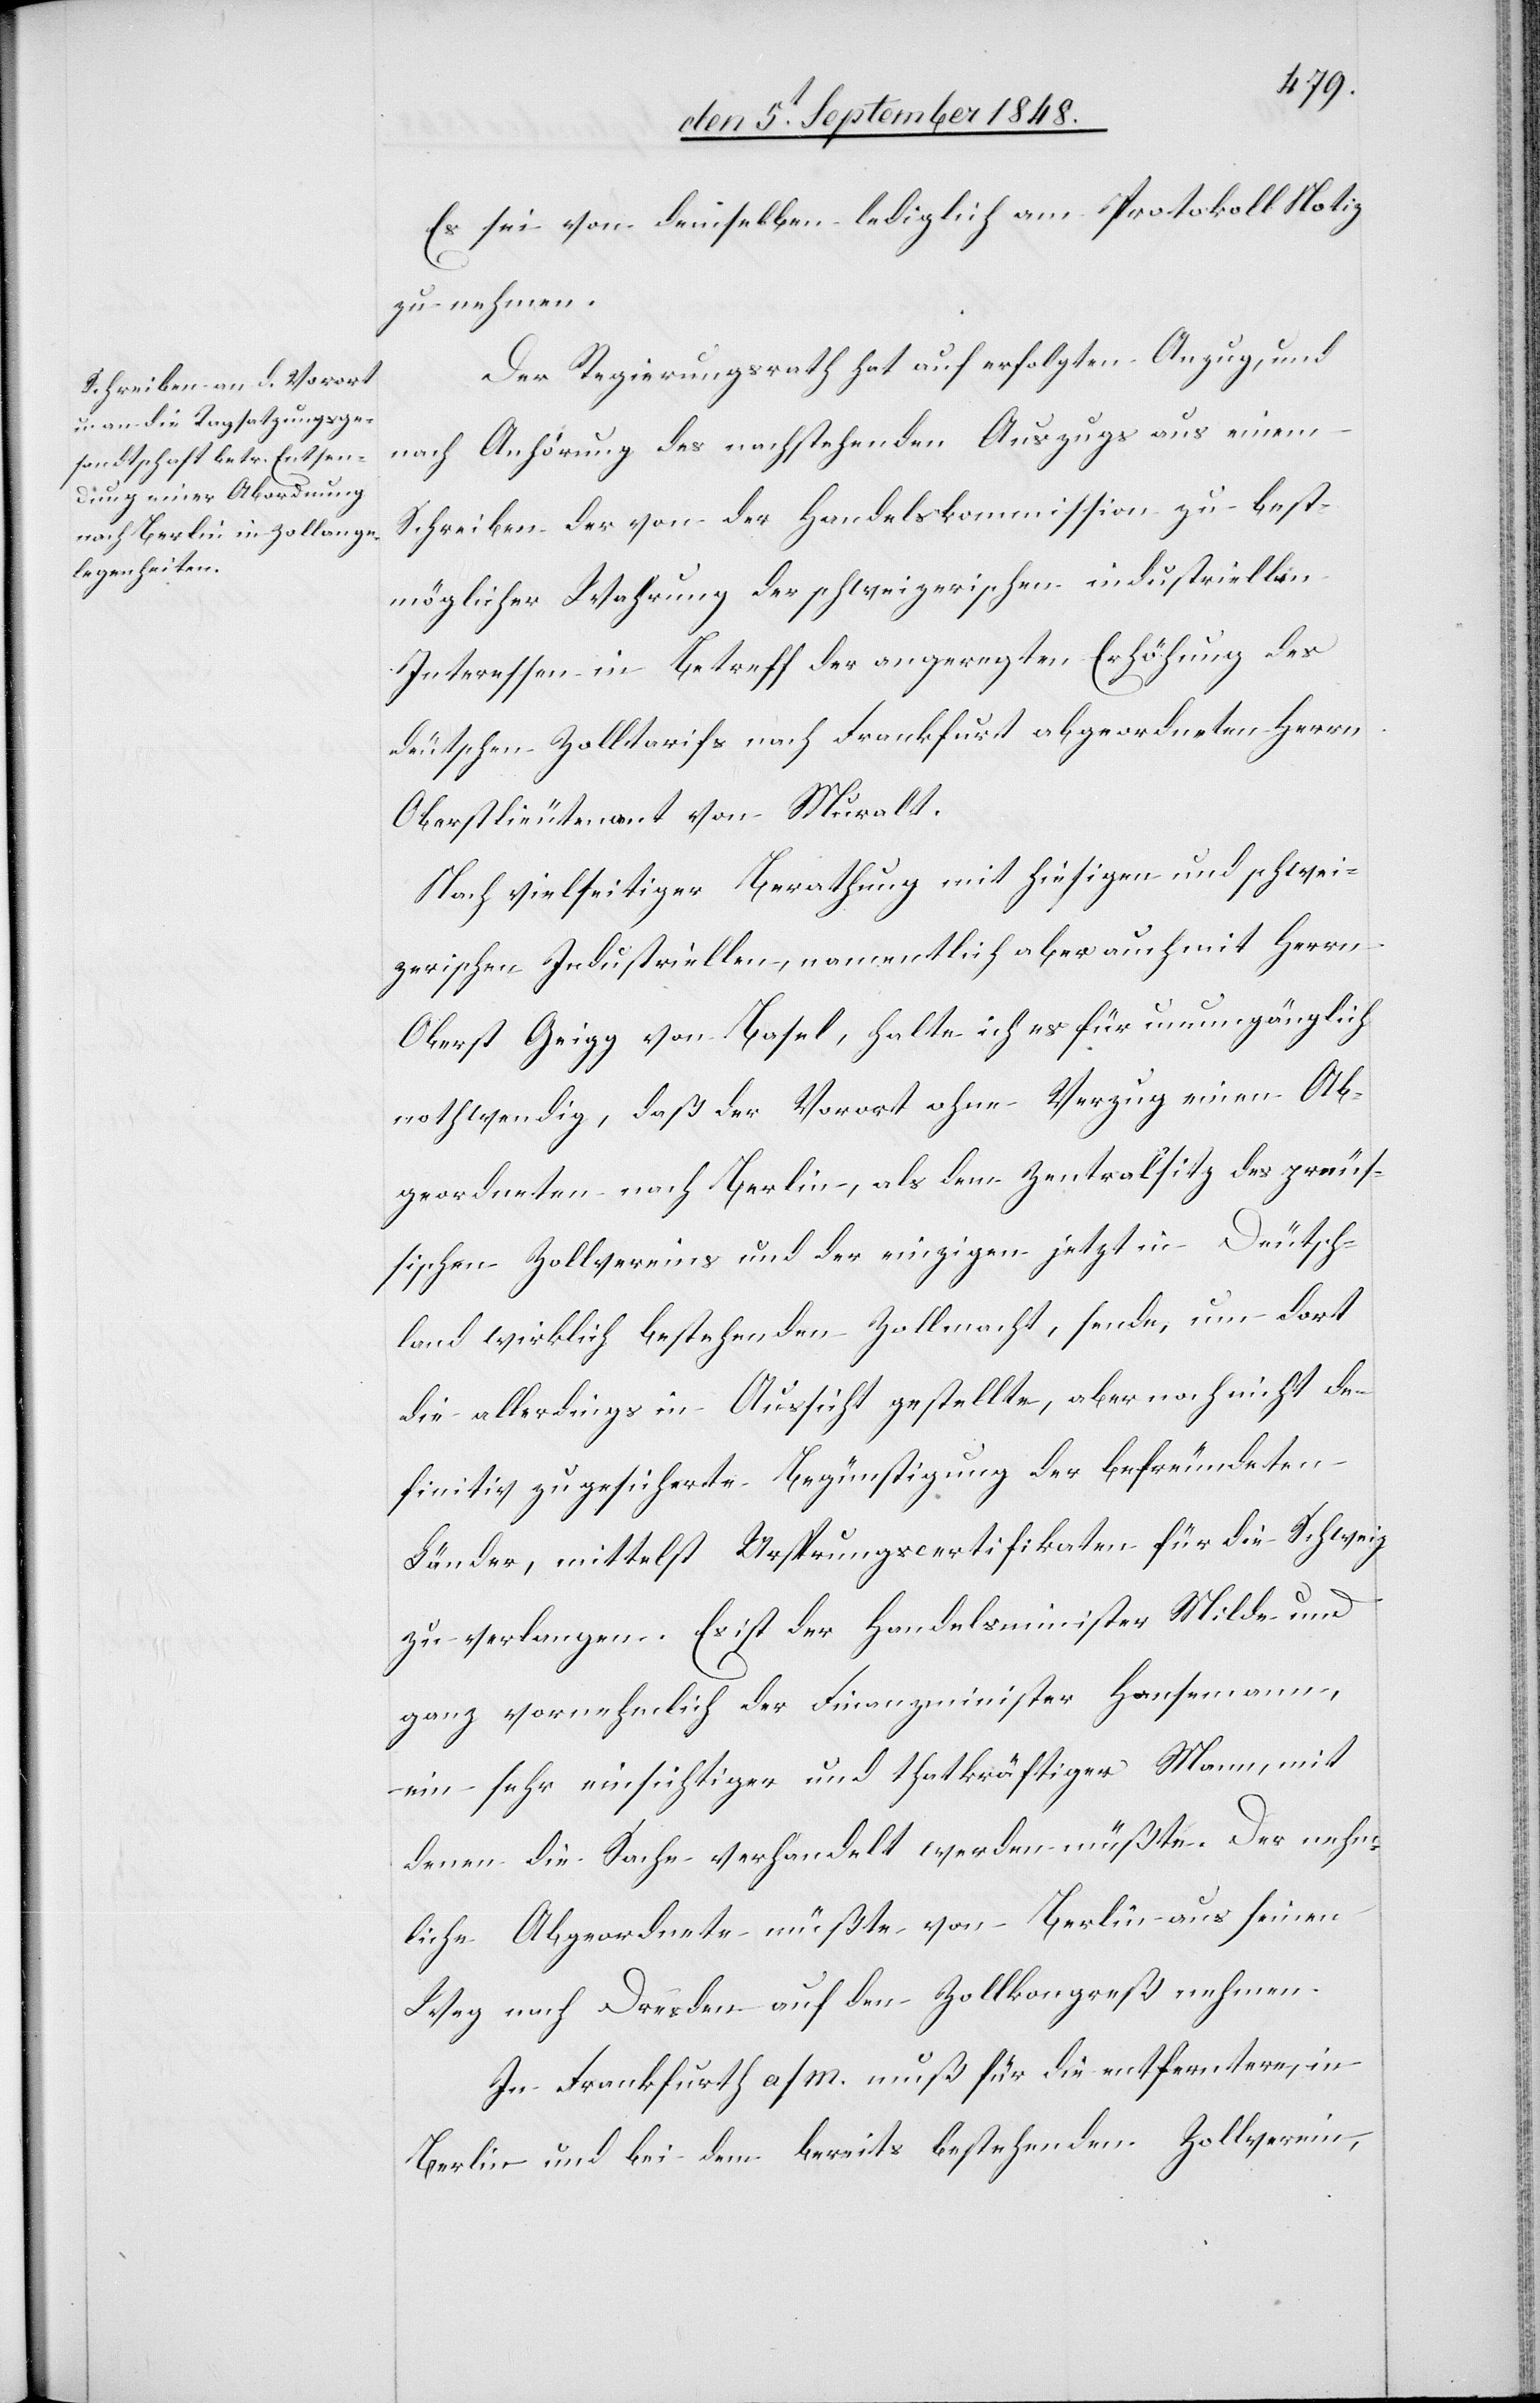
Es sei von demselben lediglich am Protokoll Notiz
zu nehmen.
Der Regierungsrath hat auf erfolgten Anzug, und
nach Anhörung des nachstehenden Auszugs aus einem
Schreiben der von der Handelskommission zu best¬
möglicher Wahrung der schweizerischen industriellen
Interessen in Betreff der angeregten Erhöhung des
deutschen Zolltarifs nach Frankfurt abgeordneten Herrn
Oberstlieutenant von Muralt.
Nach vielseitiger Berathung mit hiesigen und schwei¬
zerischen Industriellen, namentlich aber auch mit Herrn
Oberst Geigg von Basel, halte ich es für unumgänglich
nothwendig, daß der Vorort ohne Verzug einen Ab¬
geordneten nach Berlin, als dem Zentralsitz des preuß¬
ischen Zollvereins und der einzigen jetzt in Deutsch¬
lang wirklich bestehenden Zollmacht, sende, um dort
die allerdings in Aussicht gestellte, aber noch nicht de¬
finitiv zugesicherte Begünstigung der befreundeten
Länder, mittelst Ursprungscertifikaten für die Schweiz
zu verlangen. Es ist der Handelsminister Milde und
ganz vornehmlich der Finanzminister Hansemann,
ein sehr einsichtiger und thatkräftiger Mann, mit
denen die Sache verhandelt werden müßte. Der nehm¬
liche Abgeordnete müßte von Berlin aus seinen
Weg nach Dresden auf den Zollkongreß nehmen.
In Frankfurt a/M. muß für die entferntere, in
Berlin und bei dem bereits bestehenden Zollverein,